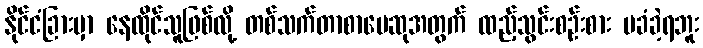
နိုင်ငံခြားမှာ နေထိုင်သူဖြစ်လို့ တစ်သက်တာစာပေဆုအတွက် ထည့်သွင်းစဉ်းစား မခံခဲ့ရဘူး